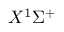
X ^ { 1 } \Sigma ^ { + }